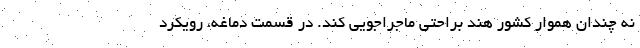
نه چندان هموار کشور هند براحتی ماجراجویی کند. در قسمت دماغه، رویکرد